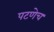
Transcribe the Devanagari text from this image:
पटणेच